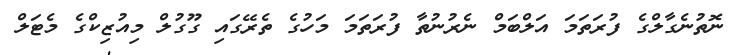
ނޮތުނެގާލްގެ ފުރަތަމަ އަލްބަމް ނެރުނުތާ ފުރަތަމަ މަހުގެ ތެރޭގައި ގޫގުލް މިއުޒިކްގެ މެޓަލް